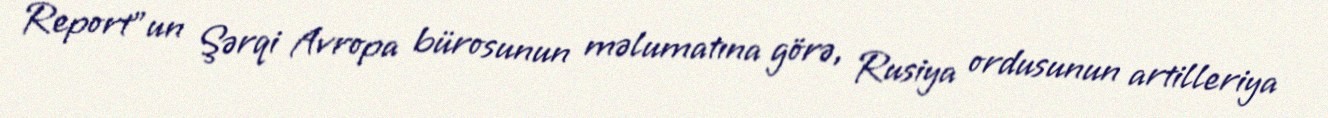
Report"un Şərqi Avropa bürosunun məlumatına görə, Rusiya ordusunun artilleriya